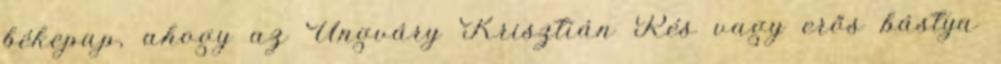
békepap, ahogy az Ungváry Krisztián Rés vagy erős bástya